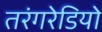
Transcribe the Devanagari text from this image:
तरंगरेडियो